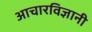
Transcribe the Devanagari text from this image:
आचारविज्ञानी